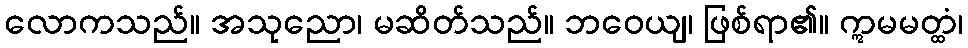
လောကသည်။ အသုညော၊ မဆိတ်သည်။ ဘဝေယျ၊ ဖြစ်ရာ၏။ ဣမမတ္ထံ၊